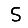
Digit: 5